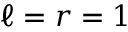
\ell = r = 1